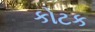
કોટક